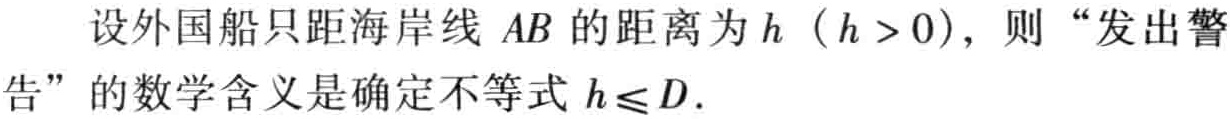
设外国船只距海岸线 \(AB\) 的距离为 \(h\)（\(h > 0\)），则 “发出警告” 的数学含义是确定不等式 \(h\leq D\).